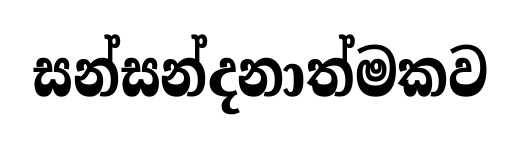
සන්සන්දනාත්මකව